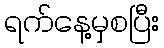
ရက်နေ့မှစပြီး